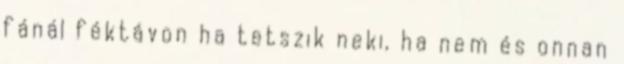
fánál féktávon ha tetszik neki, ha nem és onnan